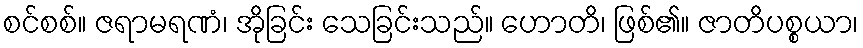
စင်စစ်။ ဇရာမရဏံ၊ အိုခြင်း သေခြင်းသည်။ ဟောတိ၊ ဖြစ်၏။ ဇာတိပစ္စယာ၊